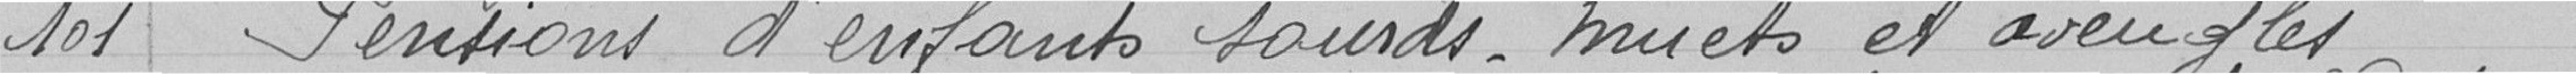
101 - Pensions d'enfants sourds-muets et aveugles